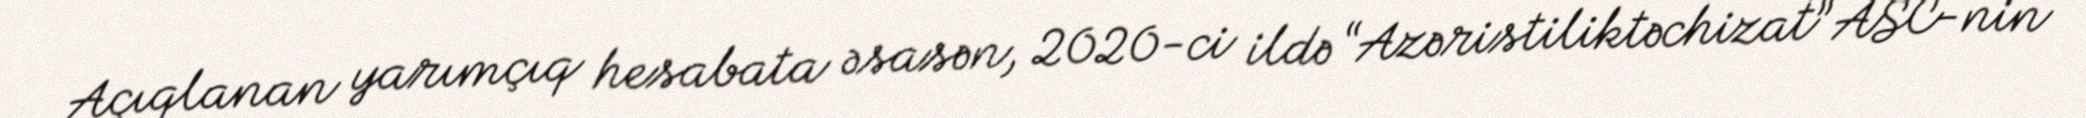
Açıqlanan yarımçıq hesabata əsasən, 2020-ci ildə “Azəristiliktəchizat” ASC-nin